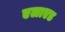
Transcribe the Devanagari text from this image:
एलाएड